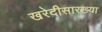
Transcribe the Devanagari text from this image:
खरेदीसारख्या